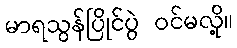
မာရသွန်ပြိုင်ပွဲ ဝင်မလို့။